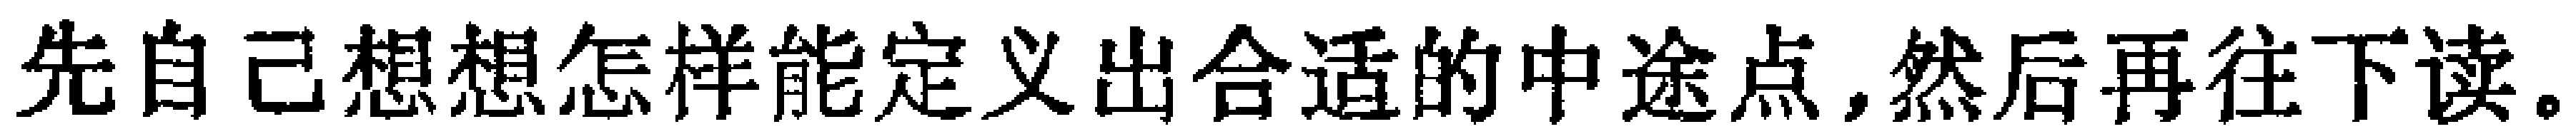
先自己想想怎样能定义出合适的中途点,然后再往下读。